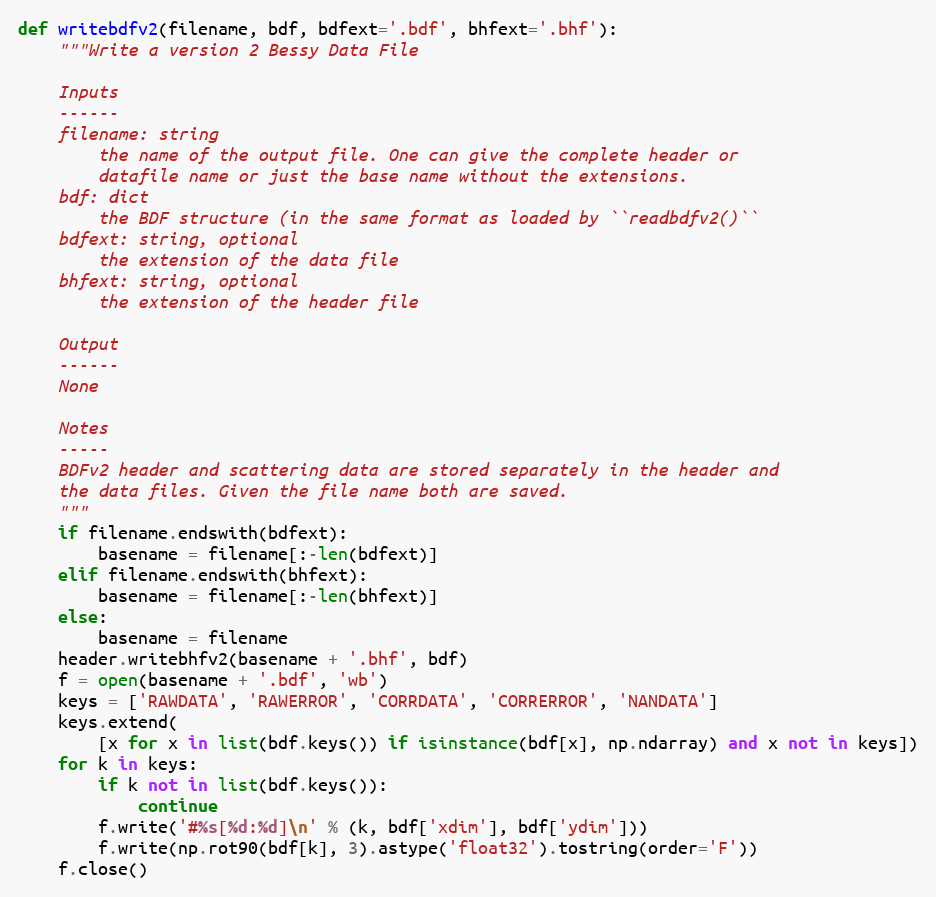
Language: Python
def writebdfv2(filename, bdf, bdfext='.bdf', bhfext='.bhf'):
    """Write a version 2 Bessy Data File

    Inputs
    ------
    filename: string
        the name of the output file. One can give the complete header or
        datafile name or just the base name without the extensions.
    bdf: dict
        the BDF structure (in the same format as loaded by ``readbdfv2()``
    bdfext: string, optional
        the extension of the data file
    bhfext: string, optional
        the extension of the header file

    Output
    ------
    None

    Notes
    -----
    BDFv2 header and scattering data are stored separately in the header and
    the data files. Given the file name both are saved.
    """
    if filename.endswith(bdfext):
        basename = filename[:-len(bdfext)]
    elif filename.endswith(bhfext):
        basename = filename[:-len(bhfext)]
    else:
        basename = filename
    header.writebhfv2(basename + '.bhf', bdf)
    f = open(basename + '.bdf', 'wb')
    keys = ['RAWDATA', 'RAWERROR', 'CORRDATA', 'CORRERROR', 'NANDATA']
    keys.extend(
        [x for x in list(bdf.keys()) if isinstance(bdf[x], np.ndarray) and x not in keys])
    for k in keys:
        if k not in list(bdf.keys()):
            continue
        f.write('#%s[%d:%d]\n' % (k, bdf['xdim'], bdf['ydim']))
        f.write(np.rot90(bdf[k], 3).astype('float32').tostring(order='F'))
    f.close()